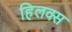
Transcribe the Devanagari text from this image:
हिलक्स